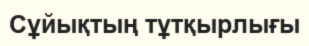
Сұйықтың тұтқырлығы